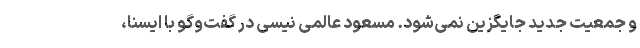
و جمعیت جدید جایگزین نمی‌شود. مسعود عالمی نیسی در گفت‌وگو با ایسنا،